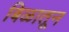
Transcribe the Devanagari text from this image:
बिळातून